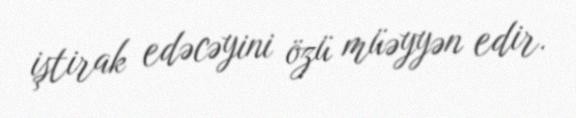
iştirak edəcəyini özü müəyyən edir.